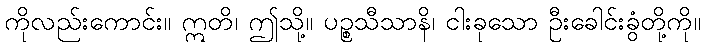
ကိုလည်းကောင်း။ ဣတိ၊ ဤသို့။ ပဉ္စသီသာနိ၊ ငါးခုသော ဦးခေါင်းခွံတို့ကို။